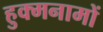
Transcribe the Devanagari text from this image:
हुक्मनामों